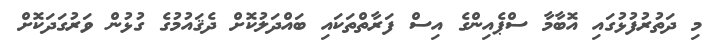
މި ދަތުރުފުޅުގައި އޮބާމާ ސްޕެއިންގެ އިސް ފަރާތްތަކައި ބައްދަލުކޮށް ދެޤައުމުގެ ގުޅުން ވަރުގަދަކޮށް